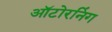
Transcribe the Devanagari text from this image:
ऑटोरनिंग